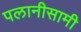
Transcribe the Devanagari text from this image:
पलानीसामी